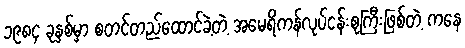
၁၉၈၄ ခုနှစ်မှာ စတင်တည်ထောင်ခဲ့တဲ့ အမေရိကန်လုပ်ငန်းစုကြီးဖြစ်တဲ့ ကနေ